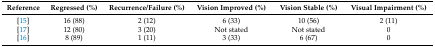
| Reference | Regressed (%) | Recurrence/Failure (%) | Vision Improved (%) | Vision Stable (%) | Visual Impairment (%) |
 | --- | --- | --- | --- | --- | --- |
 | [15] | 16 (88) | 2 (12) | 6 (33) | 10 (56) | 2 (11) |
 | [17] | 12 (80) | 3 (20) | Not stated | Not stated | 0 |
 | [16] | 8 (89) | 1 (11) | 3 (33) | 6 (67) | 0 |